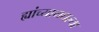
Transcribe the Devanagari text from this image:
ह्यांच्यामधल्या